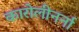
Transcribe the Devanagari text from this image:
कारोलीनर्ना